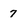
Character: 7